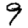
Digit: 9